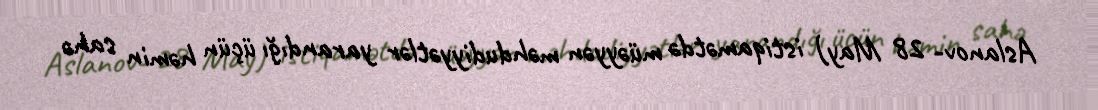
Aslanov- 28 May) istiqamətdə müəyyən məhdudiyyətlər yarandığı üçün həmin sahə